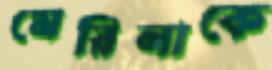
মেরিনাকে